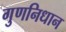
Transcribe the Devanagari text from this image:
गुणनिधान